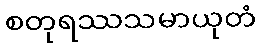
စတုရဿသမာယုတံ